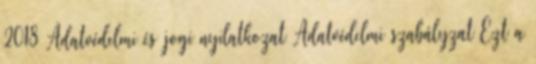
2018 Adatvédelmi és jogi nyilatkozat Adatvédelmi szabályzat Ezt a